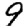
Digit: 9